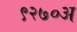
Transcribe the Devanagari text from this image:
९२७०अ